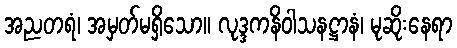
အညတရံ၊ အမှတ်မရှိသော။ လုဒ္ဒကနိဝါသနဋ္ဌာနံ၊ မုဆိုးနေရာ